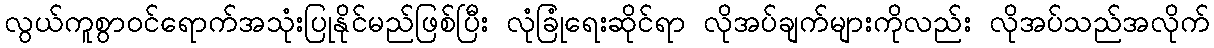
လွယ်ကူစွာ၀င်ရောက်အသုံးပြုနိုင်မည်ဖြစ်ပြီး လုံခြုံရေးဆိုင်ရာ လိုအပ်ချက်များကိုလည်း လိုအပ်သည်အလိုက်